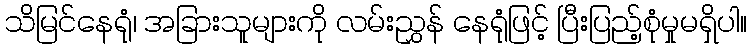
သိမြင်နေရုံ၊ အခြားသူများကို လမ်းညွှန် နေရုံဖြင့် ပြီးပြည့်စုံမှုမရှိပါ။